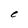
Character: e